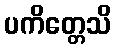
ပကိတ္တေသိ